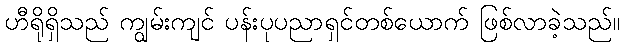
ဟီရိုရှိသည် ကျွမ်းကျင် ပန်းပုပညာရှင်တစ်ယောက် ဖြစ်လာခဲ့သည်။